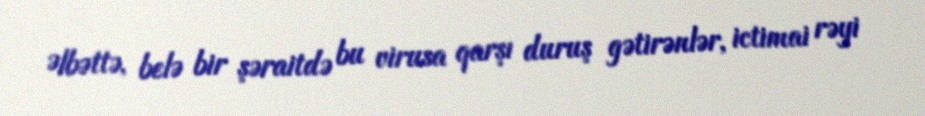
Əlbəttə, belə bir şəraitdə bu virusa qarşı duruş gətirənlər, ictimai rəyi